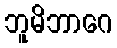
ဘူမိဘာဂေ